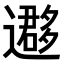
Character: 𨘂